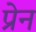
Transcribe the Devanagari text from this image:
प्रेन